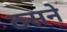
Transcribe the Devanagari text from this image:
ठसने